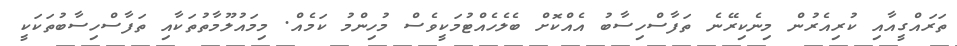
ތަރައްގީއާއި ކުރިއެރުން މިނެކިރޭނެ ތަފާސްހިސާބު އެއްކޮށް ބެލެހެއްޓުމަކީވެސް މުހިންމު ކަމެއް. މިމައުލޫމާތުތަކާއި ތަފާސްހިސާބުތަކަކީ